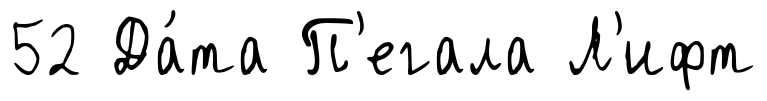
52 Да́та П'егала Л'ифт